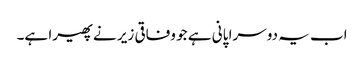
اب یہ دوسرا پانی ہے جو وفاقی زیر نے پھیرا ہے۔